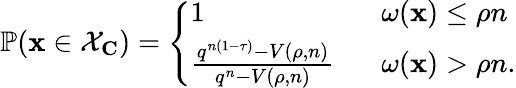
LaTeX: \begin{array}{r}{\mathbb{P}(\mathbf{x}\in\mathcal{X}_{\mathbf{C}})=\left\{ \begin{array}{ll}{1\: \: \: }&{\omega(\mathbf{x})\leq\rho n}\\ {\frac{q^{n(1-\tau)}-V(\rho,n)}{q^{n}-V(\rho,n)}\: \: \: }&{\omega(\mathbf{x})>\rho n.}\end{array}\right.}\end{array}